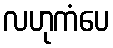
လဟုကံပေ